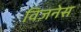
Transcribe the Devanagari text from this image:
विज़नेस